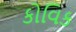
કોવિક